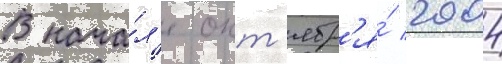
В нача́л'е окт'ябр'я́ 2004